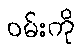
ဝမ်းကို